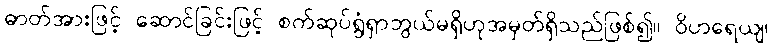
ဓာတ်အားဖြင့် ဆောင်ခြင်းဖြင့် စက်ဆုပ်ရွံရှာဘွယ်မရှိဟုအမှတ်ရှိသည်ဖြစ်၍။ ဝိဟရေယျ၊